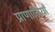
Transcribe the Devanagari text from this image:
प्राणालियाँ